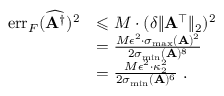
\begin{array} { r l } { \mathrm { e r r } _ { F } ( \widehat { \mathbf { A } ^ { \dagger } } ) ^ { 2 } } & { \leqslant M \cdot ( \delta \| \mathbf { A } ^ { \top } \| _ { 2 } ) ^ { 2 } } \\ & { = \frac { M \epsilon ^ { 2 } \cdot \sigma _ { \mathrm { m a x } } ( \mathbf { A } ) ^ { 2 } } { 2 \sigma _ { \mathrm { m i n } } ( \mathbf { A } ) ^ { 8 } } } \\ & { = \frac { M \epsilon ^ { 2 } \cdot \kappa _ { 2 } ^ { 2 } } { 2 \sigma _ { \mathrm { m i n } } ( \mathbf { A } ) ^ { 6 } } \ . } \end{array}